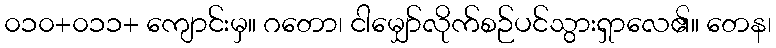
၀၁၀+၀၁၁+ ကျောင်းမှ။ ဂတော၊ ငါမျှော်လိုက်စဉ်ပင်သွားရှာလေ၏။ တေန၊